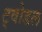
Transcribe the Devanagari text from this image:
ट्वोडल